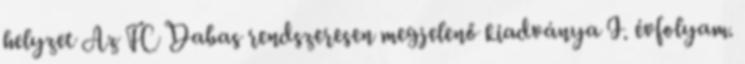
helyzet Az FC Dabas rendszeresen megjelenő kiadványa I. évfolyam.